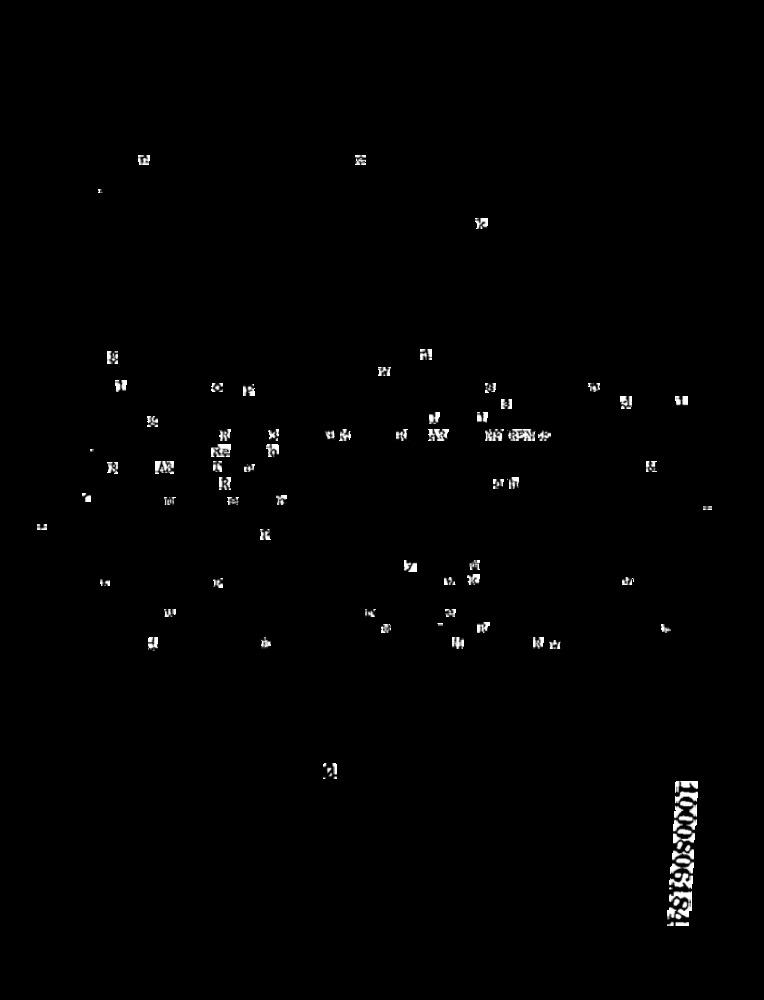
Re
R
THAT
Tar
4.3
1000806184